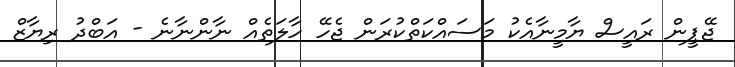
ޖޭޕީން ރައީސް ޔާމީނާއެކު މަސައްކަތްކުރަން ޖެހޭ ހާލަތެއް ނާންނާނެ - އަބްދު ރިޔާޒް